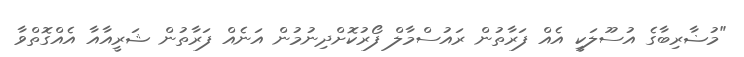
"މުޟާރިބާގެ އުސޫލަކީ އެއް ފަރާތުން ރައުސްމާލް ފޯރުކޮށްދިނުމުން އަނެއް ފަރާތުން ޝަރީއާއާ އެއްގޮތްވާ